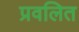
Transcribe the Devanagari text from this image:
प्रवलित